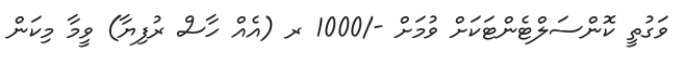
ވަގުތީ ކޮންސަލްޓެންޓަކަށް ވުމަށް -/1000 ރ (އެއް ހާސް ރުފިޔާ) ވީމާ މިކަން